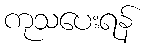
ကုသပေးရန်